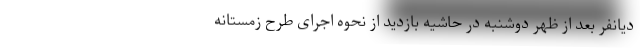
دیانفر بعد از ظهر دوشنبه در حاشیه بازدید از نحوه اجرای طرح زمستانه